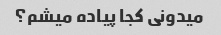
میدونی کجا پیاده میشم؟